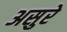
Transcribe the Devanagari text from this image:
असुरे